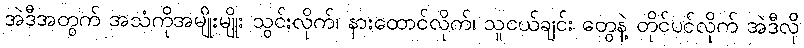
အဲဒီအတွက် အသံကိုအမျိုးမျိုး သွင်းလိုက်၊ နားထောင်လိုက်၊ သူငယ်ချင်း တွေနဲ့ တိုင်ပင်လိုက် အဲဒီလို